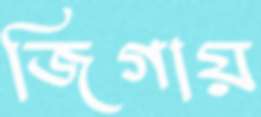
জিগায়